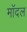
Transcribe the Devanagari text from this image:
मॉदल